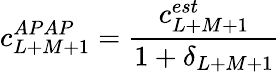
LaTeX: c_{L+M+1}^{APAP}={\frac{c_{L+M+1}^{est}}{1+\delta_{L+M+1}}}